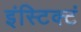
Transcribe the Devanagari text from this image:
इंस्टिक्टं